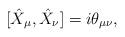
LaTeX: \begin{align*}[\hat X_\mu,\hat X_\nu] = i\theta_{\mu\nu},\end{align*}